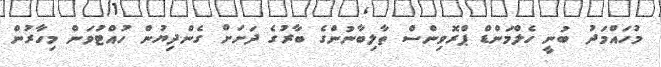
މުހައްމަދު ބުނީ ހެލްމަންޑް ޕްރޮވިންސް ތާލިބާނުންގެ ބާރުގެ ދަށަށް ގެންދިޔުން ހުއްޓުވަން މިހާރުން